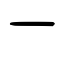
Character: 一